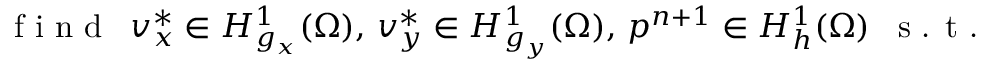
\textrm { f i n d } \enskip v _ { x } ^ { \ast } \in H _ { g _ { x } } ^ { 1 } ( \Omega ) , \, v _ { y } ^ { \ast } \in H _ { g _ { y } } ^ { 1 } ( \Omega ) , \, p ^ { n + 1 } \in H _ { h } ^ { 1 } ( \Omega ) \enskip \textrm { s . t . } \,